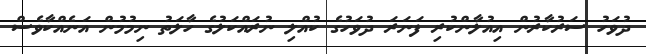
ދުވަހު ސަރުކާރުން އިއުލާންކުރި ފަނަރަ ދުވަހުގެ ކުއްލި ނުރައްކަލުގެ ހާލަތު ނިމުމުން އަނެއްކާވެސް